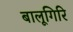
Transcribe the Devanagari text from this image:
बालूगिरि